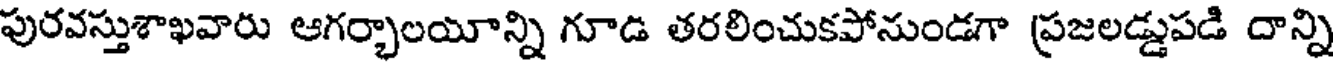
పురవస్తుశాఖవారు ఆగర్భాలయీన్ని గూడ తరలించుకపోనుండగా ప్రజలడ్డుపడి దాన్ని